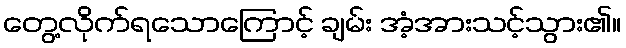
တွေ့လိုက်ရသောကြောင့် ချမ်း အံ့အားသင့်သွား၏။